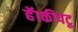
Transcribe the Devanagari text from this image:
हॅाकीपटू